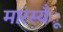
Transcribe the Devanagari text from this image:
मारस्यँू